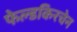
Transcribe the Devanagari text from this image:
फेल्डकिरचेन